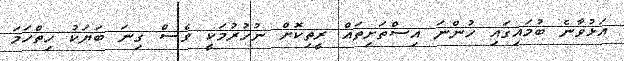
އަޅުވާނެ ބުމައިގައި ހުންނަ އިސްތަށިތައް ރީތިކޮށް ނުހުރުމަކީ ވެސް ގިނަ ބަޔަކު ހިތްހަމަ